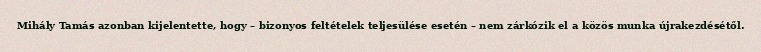
Mihály Tamás azonban kijelentette, hogy – bizonyos feltételek teljesülése esetén – nem zárkózik el a közös munka újrakezdésétől.